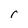
Character: r